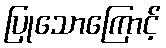
ပြုသောကြောင့်